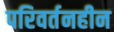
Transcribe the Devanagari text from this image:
परिवर्तनहीन